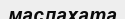
маслахата